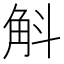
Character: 斛